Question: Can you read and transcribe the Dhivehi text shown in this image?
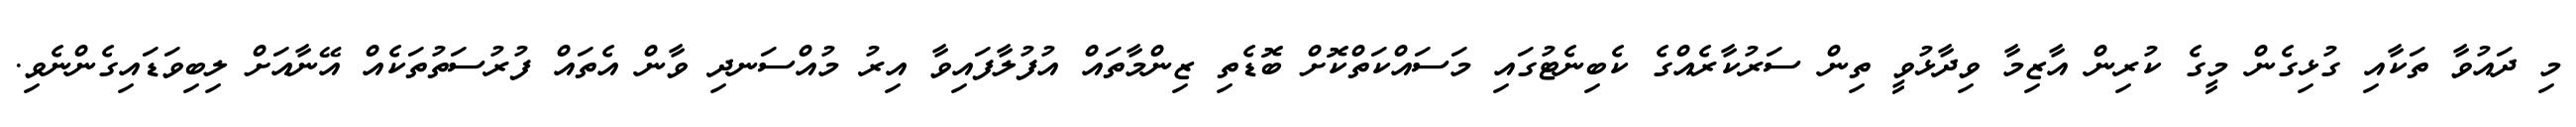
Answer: މި ދައުވާ ތަކާއި ގުޅިގެން މީގެ ކުރިން އާޒިމާ ވިދާޅުވީ ތިން ސަރުކާރެއްގެ ކެބިނެޓުގައި މަސައްކަތްކޮށް ބޮޑެތި ޒިންމާތައް އުފުލާފައިވާ އިރު މުއްސަނދި ވާން އެތައް ފުރުސަތުތަކެއް އޭނާއަށް ލިބިވަޑައިގެންނެވި.